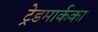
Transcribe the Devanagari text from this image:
ट्रेडमार्कका